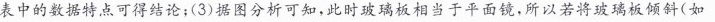
表中的数据特点可得结论；(3)据图分析可知，此时玻璃板相当于平面镜，所以若将玻璃板倾斜(如